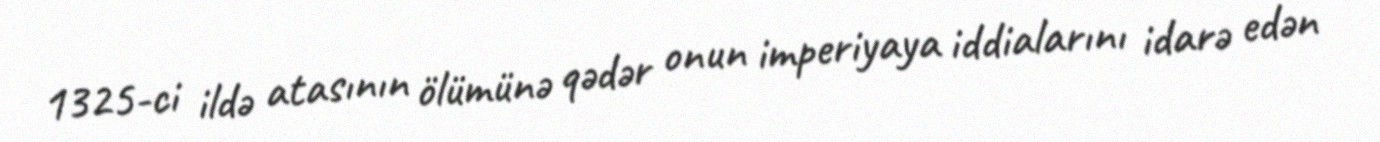
1325-ci ildə atasının ölümünə qədər onun imperiyaya iddialarını idarə edən